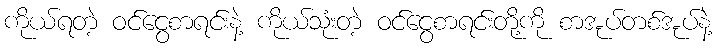
ကိုယ်ရတဲ့ ဝင်ငွေစာရင်းနဲ့ ကိုယ်သုံးတဲ့ ဝင်ငွေစာရင်းတို့ကို စာအုပ်တစ်အုပ်နဲ့